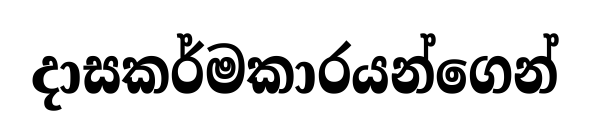
දාසකර්මකාරයන්ගෙන්